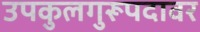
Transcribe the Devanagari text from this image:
उपकुलगुरूपदावर